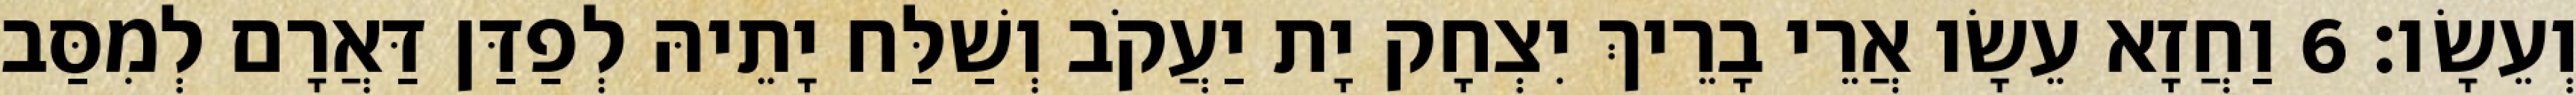
וְעֵשָׂו׃ 6 וַחֲזָא עֵשָׂו אֲרֵי בָרֵיךְ יִצְחָק יָת יַעֲקֹב וְשַׁלַּח יָתֵיהּ לְפַדַּן דַּאֲרָם לְמִסַּב